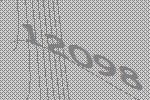
12098